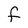
Character: f